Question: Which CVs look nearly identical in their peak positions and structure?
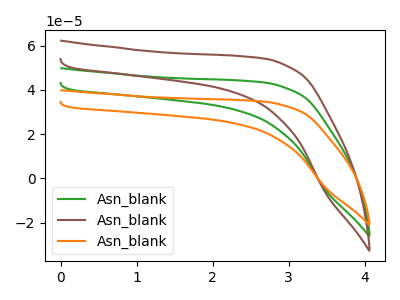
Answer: <think>The green curve "Asn_blank1" has no peaks. The brown curve "Asn_blank2" has no peaks. The orange curve "Asn_blank3" has no peaks.
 Neither "Asn_blank1" or "Asn_blank2" have any peaks. Neither "Asn_blank1" or "Asn_blank3" have any peaks. Neither "Asn_blank2" or "Asn_blank3" have any peaks.</think>
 <answer>"Asn_blank3", "Asn_blank1" and "Asn_blank2" have the same shape and are likely CV's of the same chemical.</answer>
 <eval>"Asn_blank3" "Asn_blank1" "Asn_blank2"</eval>